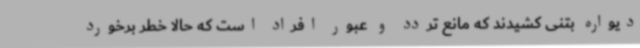
دیواره بتنی کشیدند که مانع تردد و عبور افراد است که حالا خطر برخورد